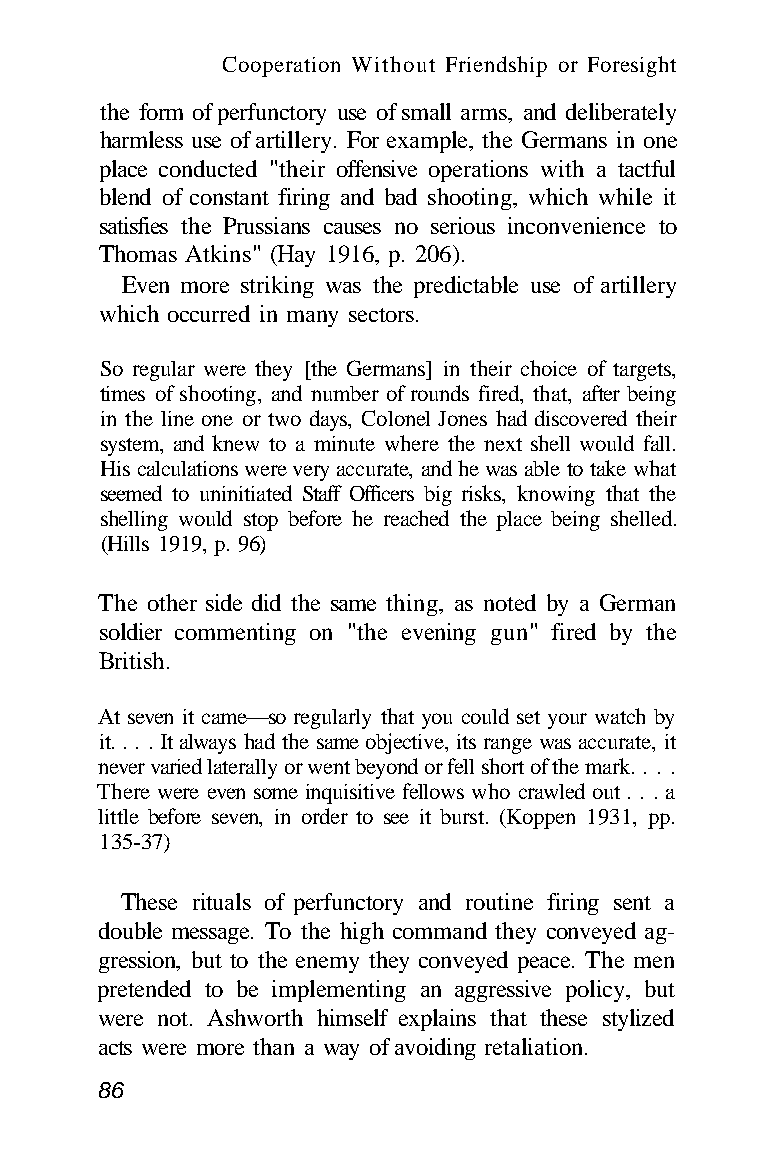
Cooperation Without Friendship or Foresight
 the form of perfunctory use of small arms, and deliberately
 harmless use of artillery. For example, the Germans in one
 place conducted "their offensive operations with a tactful
 blend of constant firing and bad shooting, which while it
 satisfies the Prussians causes no serious inconvenience to
 Thomas Atkins" (Hay 1916, p. 206).
 Even more striking was the predictable use of artillery
 which occurred in many sectors.
 So regular were they [the Germans] in their choice of targets,
 times of shooting, and number of rounds fired, that, after being
 in the line one or two days, Colonel Jones had discovered their
 system, and knew to a minute where the next shell would fall.
 His calculations were very accurate, and he was able to take what
 seemed to uninitiated Staff Officers big risks, knowing that the
 shelling would stop before he reached the place being shelled.
 (Hills 1919, p. 96)
 The other side did the same thing, as noted by a German
 soldier commenting on "the evening gun" fired by the
 British.
 At seven it came—so regularly that you could set your watch by
 it. . . . It always had the same objective, its range was accurate, it
 never varied laterally or went beyond or fell short of the mark. . . .
 There were even some inquisitive fellows who crawled out . . . a
 little before seven, in order to see it burst. (Koppen 1931, pp.
 135-37)
 These rituals of perfunctory and routine firing sent a
 double message. To the high command they conveyed ag-
 gression, but to the enemy they conveyed peace. The men
 pretended to be implementing an aggressive policy, but
 were not. Ashworth himself explains that these stylized
 acts were more than a way of avoiding retaliation.
 86